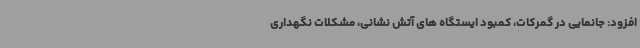
افزود: جانمایی در گمرکات، کمبود ایستگاه های آتش نشانی، مشکلات نگهداری